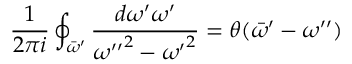
{ \frac { 1 } { 2 \pi i } } \oint _ { \bar { \omega } ^ { \prime } } { \frac { d \omega ^ { \prime } \omega ^ { \prime } } { { \omega ^ { \prime \prime } } ^ { 2 } - { \omega ^ { \prime } } ^ { 2 } } } = \theta ( \bar { \omega } ^ { \prime } - \omega ^ { \prime \prime } )